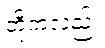
တို့ကလည်း